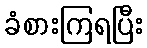
ခံစားကြရပြီး